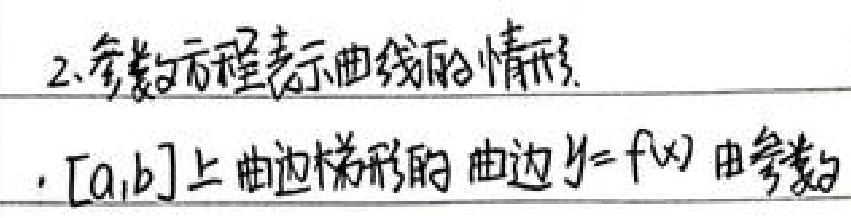
2.参数方程表示曲线的情形.
·[a,b]上曲边梯形的曲边y = f(x)由参数方